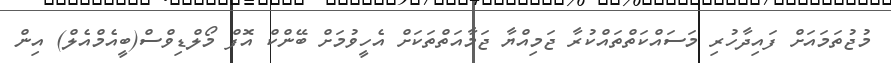
މުޖުތަމައަށް ފައިދާހުރި މަސައްކަތްތައްކުރާ ޖަމިއްޔާ ޖަމާއަތްތަކަށް އެހީވުމަށް ބޭންކް އޮފް މޯލްޑިވްސް(ބީއެމްއެލް) އިން